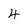
Character: 4